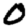
Digit: 0